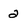
Character: 2